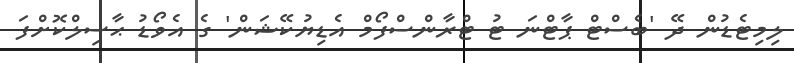
ލިމިޓެޑުން ދޭ 'ބެސްޓް ޕާޓްނަ ޓު ޓްރާންސްފޯމް އެޑިޔުކޭޝަން' ގެ އެވޯޑު ޙާސިލްކޮށްފަ